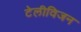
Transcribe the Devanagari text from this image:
टेलीविजन